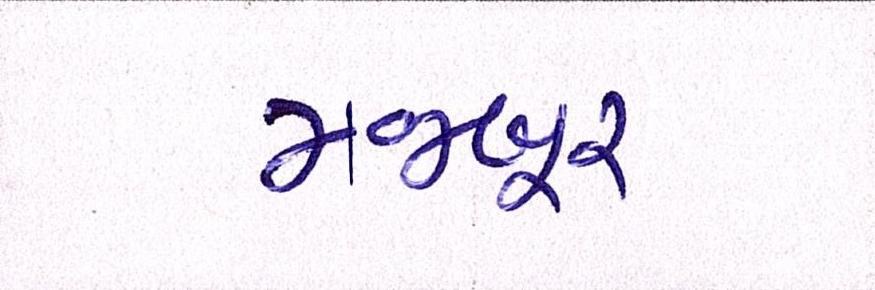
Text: મજબૂર